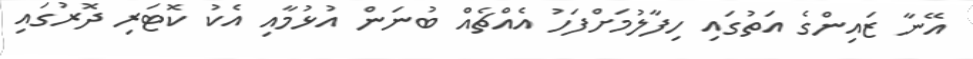
އޭނާ ޒައިންގެ އަތުގައި ހިފާލުމަށްފަހު އެއްޗެއް ބުނަން އުޅުމާއި އެކު ކޮޓަރި ދޮރުގައި